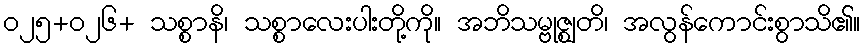
ဝ၂၅+၀၂၆+ သစ္စာနိ၊ သစ္စာလေးပါးတို့ကို။ အဘိသမ္ဗုဇ္ဈတိ၊ အလွန်ကောင်းစွာသိ၏။